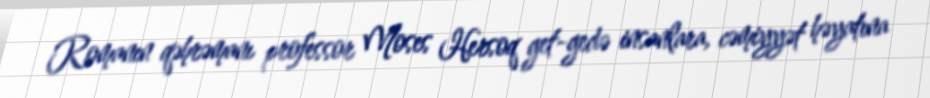
Romanın qəhrəmanı professor Moses Hersoq get-gedə insanlara, cəmiyyət həyatına